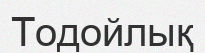
Тодойлық